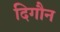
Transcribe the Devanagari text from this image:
दिगौन